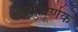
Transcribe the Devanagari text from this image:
वामघूर्णक